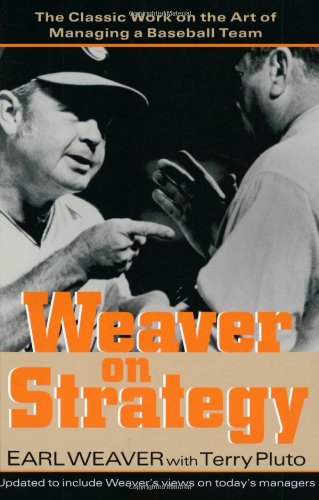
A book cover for Weaver on Strategy: The Classic Work on the Art of Managing a Baseball Team; Terry Pluto; Sports & Outdoors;